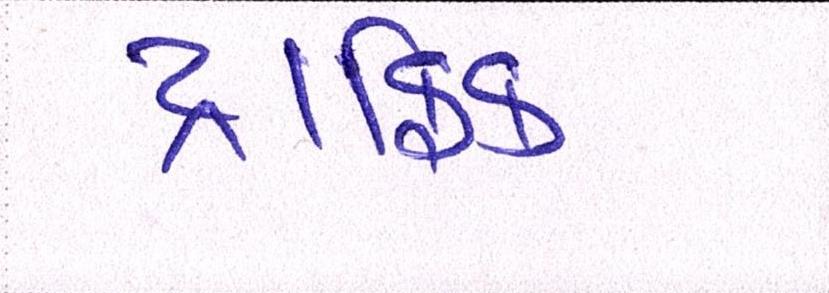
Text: ટ્રાફિક